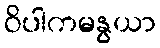
ဝိပါကမနွယာ